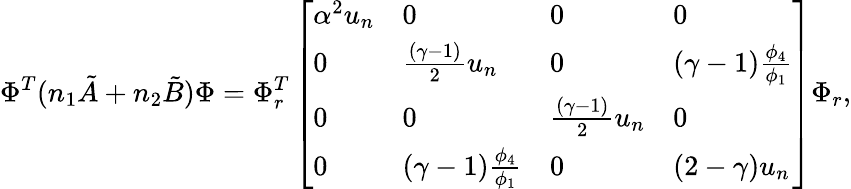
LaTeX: \Phi^{T}(n_{1}\tilde{A}+n_{2}\tilde{B})\Phi=\Phi_{r}^{T}\left[\begin{array}{llll}{\alpha^{2}u_{n}}&{0}&{0}&{0}\\ {0}&{\frac{(\gamma-1)}{2}u_{n}}&{0}&{(\gamma-1)\frac{\phi_{4}}{\phi_{1}}}\\ {0}&{0}&{\frac{(\gamma-1)}{2}u_{n}}&{0}\\ {0}&{(\gamma-1)\frac{\phi_{4}}{\phi_{1}}}&{0}&{(2-\gamma)u_{n}}\end{array}\right]\Phi_{r},